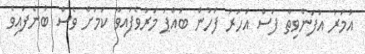
އުމަރު އުފަންވިތާ ފަސް އަހަރު ފަހުން ބައްޕަ މަރުވެފައިވާ ކަމަށް ވެސް ބުނެފައިވެ